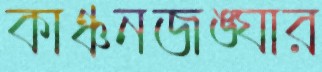
কাঞ্চনজঙ্ঘার